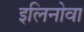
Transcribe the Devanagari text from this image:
इलिनोवा